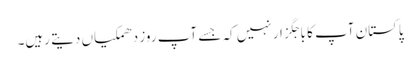
پاکستان آپ کا باجگزار نہیں کہ جسے آپ روز دھمکیاں دیتے رہیں۔